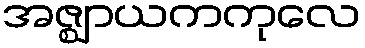
အဇ္ဈာယကကုလေ